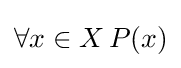
\forall x\in X\,P(x)